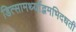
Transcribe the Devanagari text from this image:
डित्सामर्थ्याद्भमभिदधती